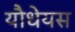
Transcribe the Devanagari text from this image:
यौधेयस